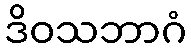
ဒိဝသဘာဂံ